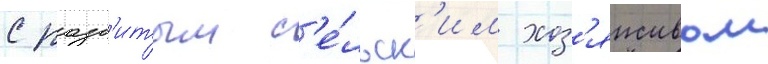
с разв'итым с'е́льск'им хоз'яиством